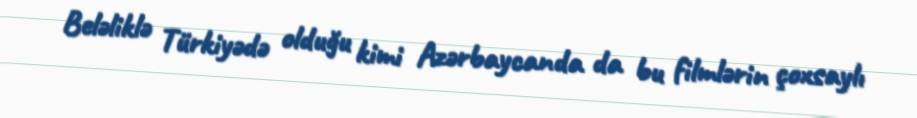
Beləliklə Türkiyədə olduğu kimi Azərbaycanda da bu filmlərin çoxsaylı